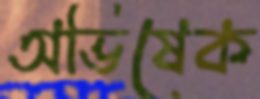
অভিষেক